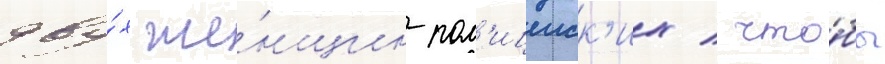
дву́х же́нщин-пол'ицеиск'их / что́бы